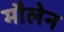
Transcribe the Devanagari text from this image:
मौलेन